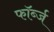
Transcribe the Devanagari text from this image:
फॉर्ब्ज